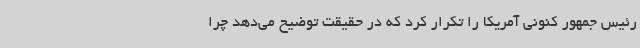
رئیس جمهور کنونی آمریکا را تکرار کرد که در حقیقت توضیح می‌دهد چرا